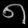
Digit: ၈